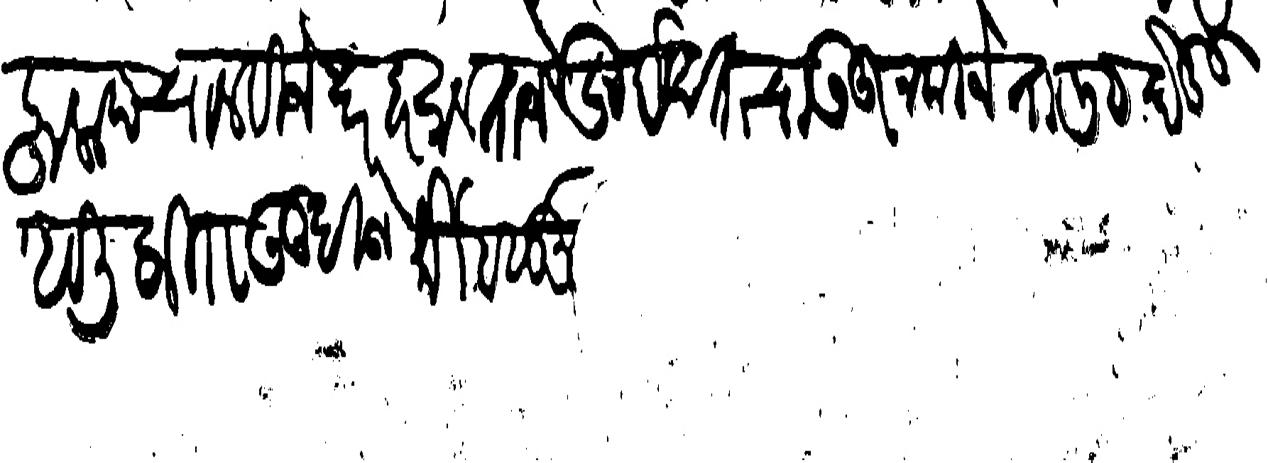
Transliteration (Devanagari): अफलाद चालविजे दर हर साल ताजे खुर्दखताचा उजूर न कीजे तालीक घेऊनु असली फिराउनु दीजे मोर्तब सूद